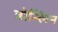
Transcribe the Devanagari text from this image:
त्रोम्लिन